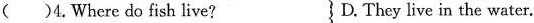
( )4.Where do fish live? } D. They live in the water.